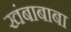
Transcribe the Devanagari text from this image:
खंबाबाबा